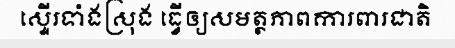
ស្ទើរទាំងស្រុង ធ្វើឲ្យសមត្ថភាពការពារជាតិ